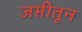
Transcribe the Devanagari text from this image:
जप्तीतून